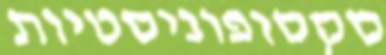
סקסופוניסטיות